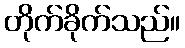
တိုက်ခိုက်သည်။